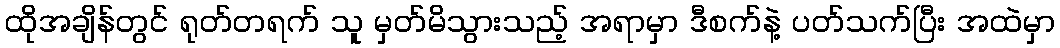
ထိုအချိန်တွင် ရုတ်တရက် သူ မှတ်မိသွားသည့် အရာမှာ ဒီစက်နဲ့ ပတ်သက်ပြီး အထဲမှာ